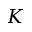
K